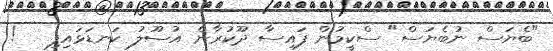
"ބެޔަސް ނުބެޔަސް" ސްކީމުން ފައިސާ ދޫކުރާނެ އުސޫލު ކަނޑަޅައިފި   !